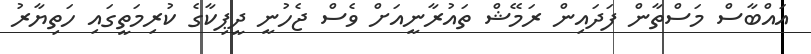
އައްބާސް މަސްތާން ފަދައިން ރަމޭޝް ތައުރާނީއަށް ވެސް ޖެހުނީ ދީޕިކާގެ ކުރިމަތީގައި ހަތިޔާރު